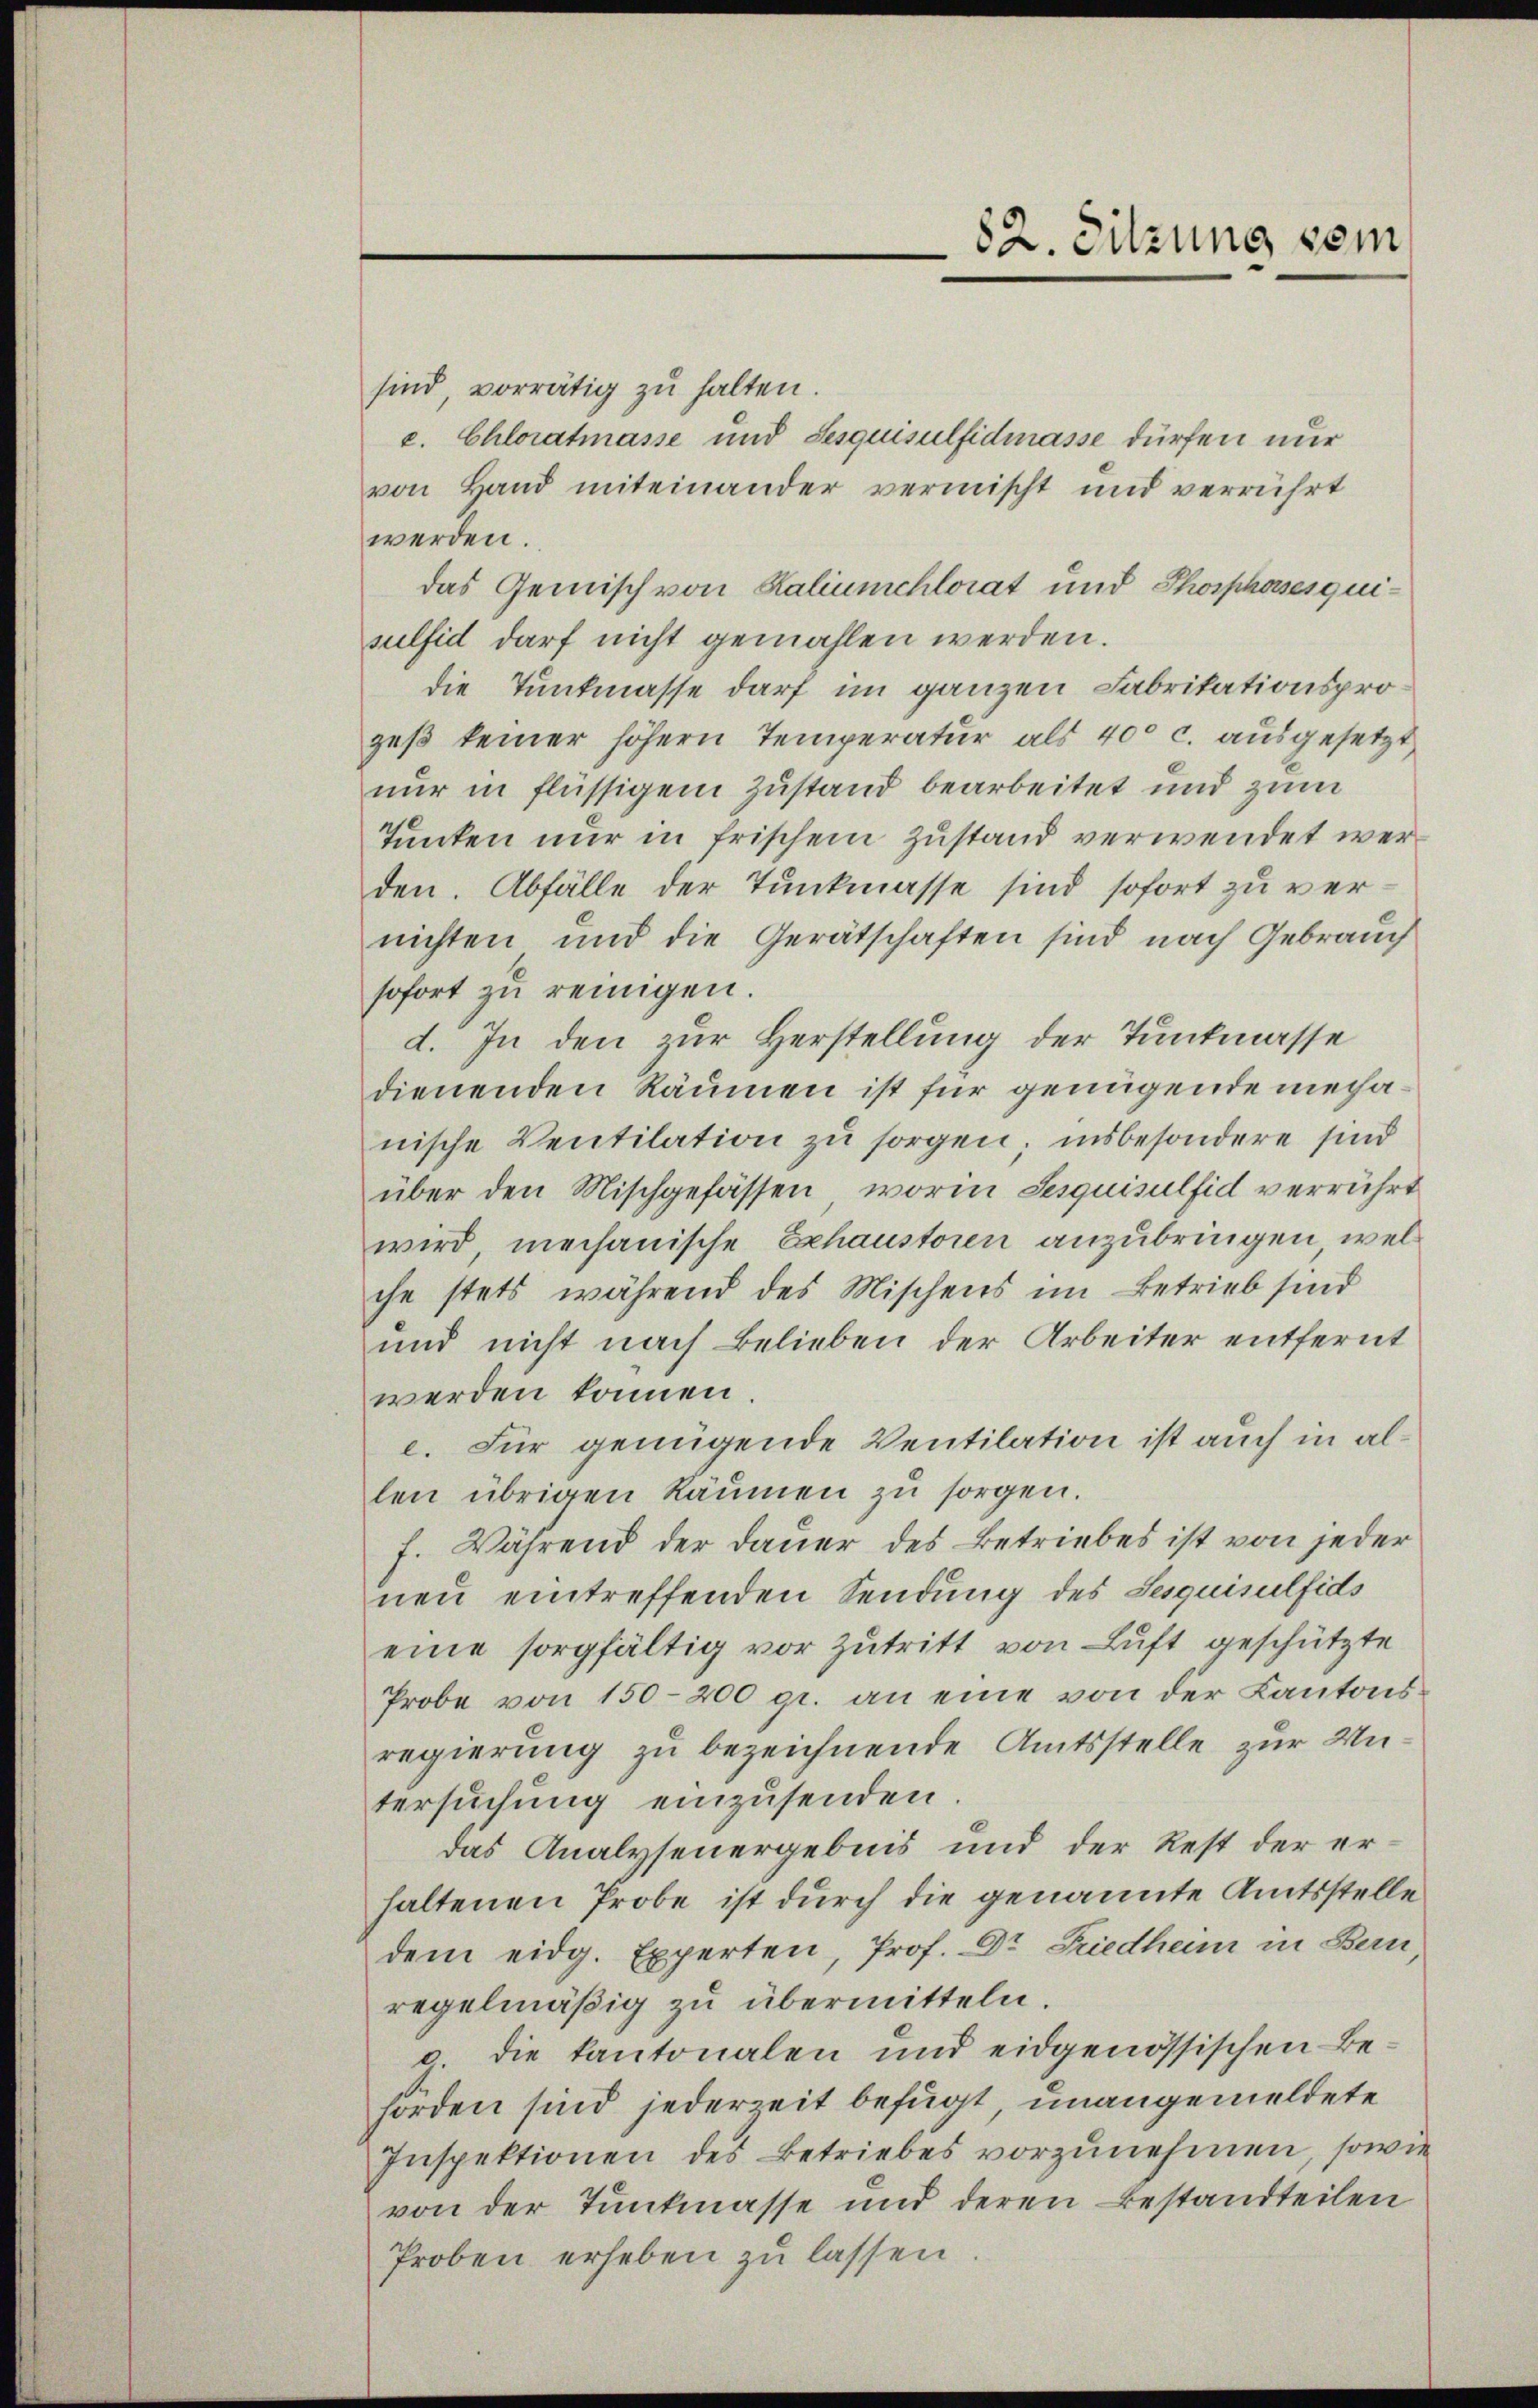
sind, vorrätig zu halten.
c. Chloratmasse und Sesquisulfidmasse dürfen nur
von Hand miteinander vermischt und verrührt
werden.
das Gemisch von Kaliumchlorat und Thorphosesquisulfid darf nicht gemahlen werden.
die Tunkmasse darf im ganzen Fabrikationsprozeß keiner höhern Temperatur als 400 c. ausgesetzt
nur in flüssigem Zustand bearbeitet und zum
Junken nur in frischem Zustand verwendet werden. Abfälle der Tunkmasse sind sofort zu vernichten und die Gerätschaften sind nach Gebrauch
sofort zu reinigen.
d. In den zur Herstellung der Tunkmasse
dienenden Räumen ist für genügende mechanische Ventilation zu sorgen; insbesondere sind
über den Mischgefässen, worin Sesquisulfid verrührt
wird, mechanische Exhaustoren anzubringen, welche stets während des Mischens im Betrieb sind
und nicht nach Belieben der Arbeiter entfernt
werden können.
e. Für genügende Ventilation ist auch in allen übrigen Räumen zu sorgen.
f. Während der Dauer des Betriebes ist von jeder
neu eintreffenden Sendung des Sesquisulfids
eine sorgfältig vor Zutritt von Luft geschützte
Probe von 150–200 gr. an eine von der Kantonsregierung zu bezeichnende Amtsstelle zur Untersuchung einzusenden
das Analyseuergebnis und der Rest der erhaltenen Probe ist durch die genannte Amtsstelle
dem eidg. Experten, Prof. Dr. Friedheim in Bern
regelmäßig zu übermitteln.
g. die Kantonalen und eidgenössischen Behörden sind jederzeit befugt, unangemeldete
Inspektionen des Betriebes vorzunehmen, sowie
von der Tunkmasse und deren Bestandteilen
Proben erheben zu lassen.

82. Sitzung sein